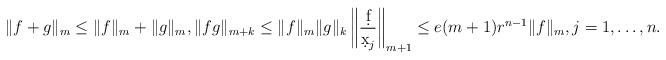
LaTeX: \begin{align*}\|f+g\|_m\leq \|f\|_m+\|g\|_m,\|fg\|_{m+k}\leq \|f\|_m\|g\|_k\left\|\frac{\d f}{\d x_j}\right\|_{m+1}\leq e(m+1)r^{n-1}\|f\|_m,j=1,\dots,n.\end{align*}